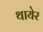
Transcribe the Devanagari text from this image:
थायेर